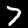
Digit: 7